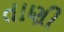
તાણી